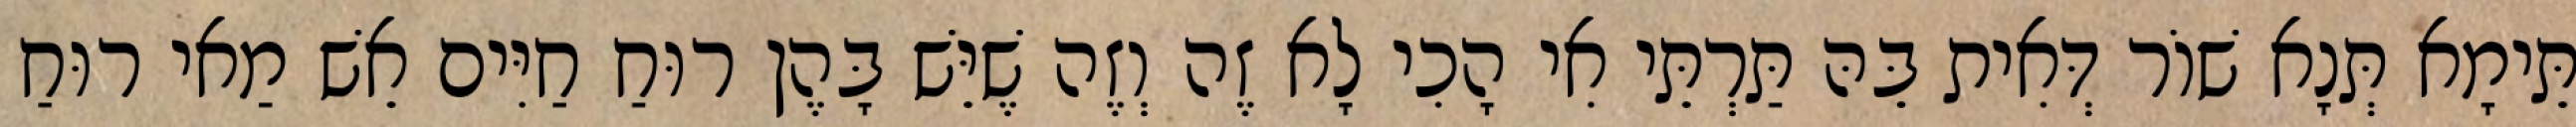
תֵּימָא תְּנָא שׁוֹר דְּאִית בֵּהּ תַּרְתֵּי אִי הָכִי לָא זֶה וְזֶה שֶׁיֵּשׁ בָּהֶן רוּחַ חַיִּים אֵשׁ מַאי רוּחַ